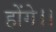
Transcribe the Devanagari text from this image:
होंगे।।